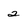
Character: 2